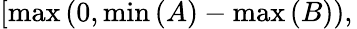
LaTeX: \left[\operatorname*{max}\left(0,\operatorname*{min}\left(A\right)-\operatorname*{max}\left(B\right)\right),\right.